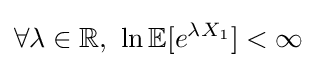
\forall \lambda \in \mathbb {R} ,\ \ln \mathbb {E} [e^{\lambda X_{1}}]<\infty